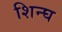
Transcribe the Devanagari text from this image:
शिन्घ